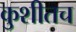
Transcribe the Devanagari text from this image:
कुशीतच